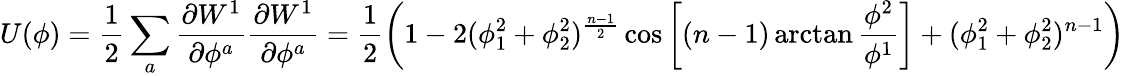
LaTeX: U(\phi)=\frac{1}{2}\sum_{a}\frac{\partial W^{1}}{\partial\phi^{a}}\frac{\partial W^{1}}{\partial\phi^{a}}=\frac{1}{2}\left(1-2(\phi_{1}^{2}+\phi_{2}^{2})^{\frac{n-1}{2}}\cos\left[(n-1)\arctan\frac{\phi^{2}}{\phi^{1}}\right]+(\phi_{1}^{2}+\phi_{2}^{2})^{n-1}\right)